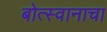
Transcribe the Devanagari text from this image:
बोत्स्वानाचा